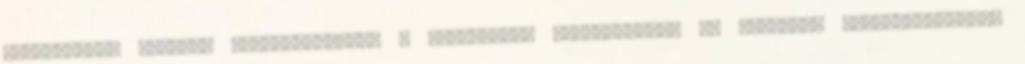
Bankkártyás fizetés szolgáltatója: A Gazdagréti Gyógyszertár az Országos Gyógyszerészeti